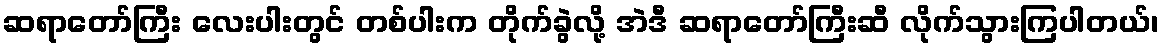
ဆရာတော်ကြီး လေးပါးတွင် တစ်ပါးက တိုက်ခွဲလို့ အဲဒီ ဆရာတော်ကြီးဆီ လိုက်သွားကြပါတယ်၊